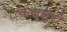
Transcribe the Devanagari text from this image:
कल्लुरी